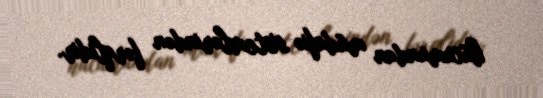
hücumundan müdafiə sistemlərindən fərqlidir.